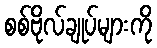
စစ်ဗိုလ်ချုပ်များကို